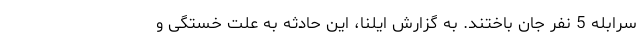
سرابله 5 نفر جان باختند. به گزارش ایلنا، این حادثه به علت خستگی و